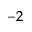
^ { - 2 }